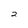
Character: 2